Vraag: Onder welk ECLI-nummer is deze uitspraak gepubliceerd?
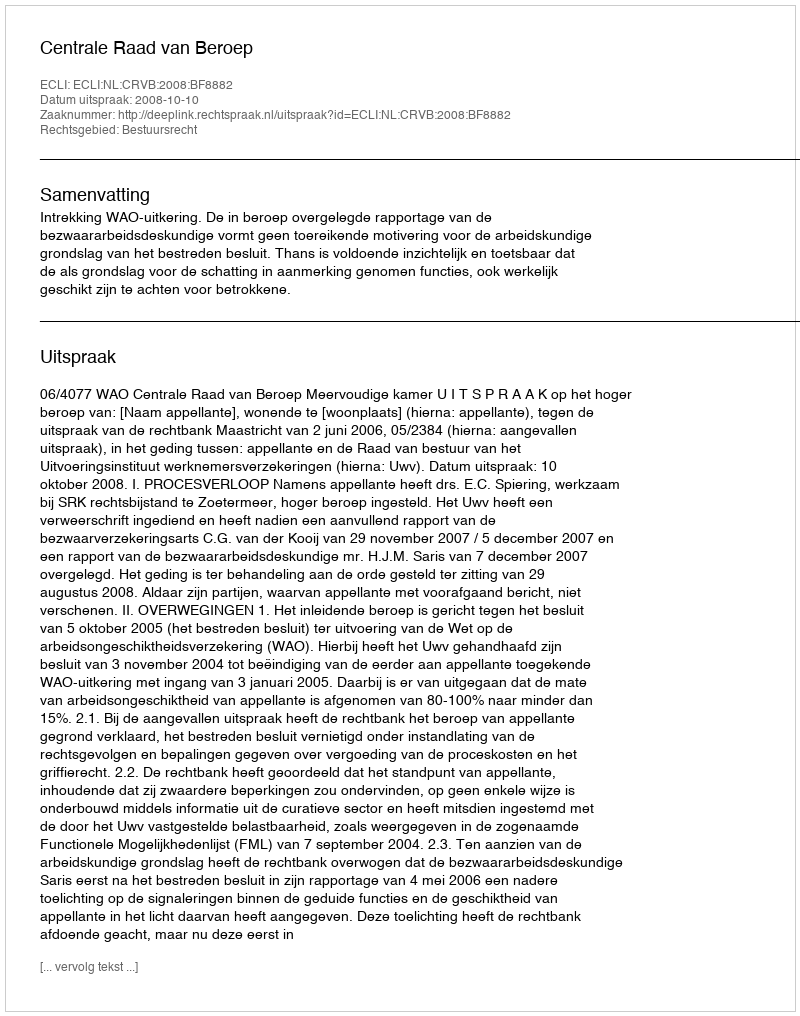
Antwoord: ECLI:NL:CRVB:2008:BF8882